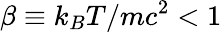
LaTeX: \beta\equiv k_{B}T/mc^{2}<1